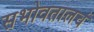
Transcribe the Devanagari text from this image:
सभोवतालचं